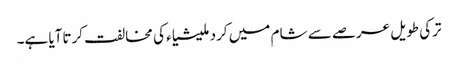
ترکی طویل عرصے سے شام میں کرد ملیشیاء کی مخالفت کرتاآیا ہے۔